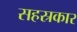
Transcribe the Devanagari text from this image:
सहस्रकार